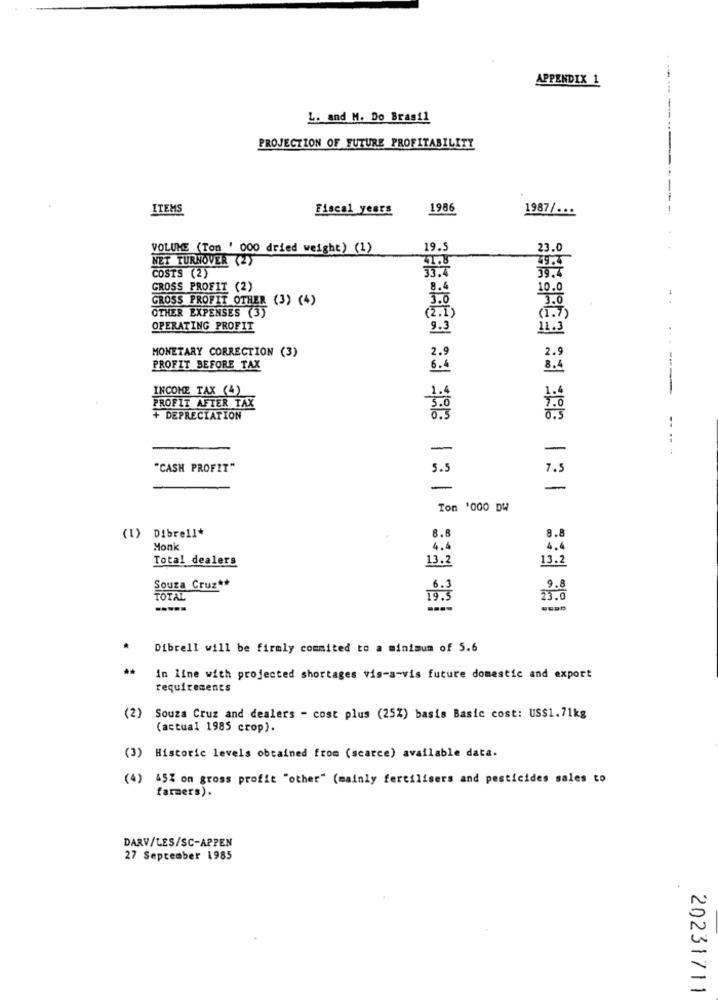
APPENDIX 1
L. and M. Do Brasil
PROJECTION OF FUTURE PROFITABILITY
-------
ITEMS
Fiscal years
1986
1987/ ...
VOLUME (Ton ' 000 dried weight) (1)
19.5
23.0
NET TURNOVER (2)
49.7
COSTS (2)
39.4
GROSS PROFIT (2)
8.4
10.0
GROSS PROFIT OTHER (3) (4)
3.0
OTHER EXPENSES (3)
(2. I)
(1.)
OPERATING PROFIT
9.3
11.
MONETARY CORRECTION (3)
2.9
PROFIT BEFORE TAX
6.6
INCOME TAX (4)
PROFIT AFTER TAX
+ DEPRECIATION
--
-
"CASH PROFIT"
5.5
7.5
Ton '000 DW
(1) Dibrell*
8.1
8.
Monk
4.4
4.
Total dealers
13.2
13.2
Souza Cruz **
6.3
9.8
TOTAL
19.3
-----
.
Dibrell will be firmly commited to a minimum of 5.6
in line with projected shortages vis-a-vis future domestic and export
requirements
(2)
Souza Cruz and dealers - cost plus (25%) basis Basic cost: US$1.71kg
(actual 1985 crop).
Historic levels obtained from (scarce) available data.
(4) 45% on gross profit "other" (mainly fertilisers and pesticides sales to
farmers).
DARV/LES/SC-APPEN
27 September 1985
20231711